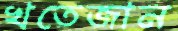
খতেজান